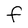
Character: f